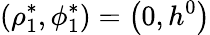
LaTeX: \left(\rho_{1}^{*},\phi_{1}^{*}\right)=\left(0,h^{0}\right)